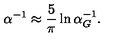
\alpha ^ { - 1 } \approx { \frac { 5 } { \pi } } \ln { \alpha _ { G } ^ { - 1 } } .